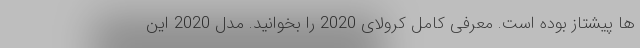
ها پیشتاز بوده است. معرفی کامل کرولای 2020 را بخوانید. مدل 2020 این